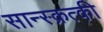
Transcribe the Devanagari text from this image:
सान्स्क्रत्की